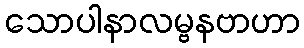
သောပါနာလမ္ဗနဗာဟာ